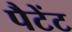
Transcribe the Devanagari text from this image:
पैटेंट